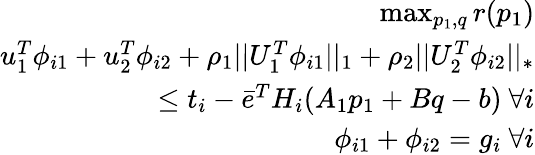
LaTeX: \begin{array}{r}{\operatorname*{max}_{p_{1},q}r(p_{1})}\\ {u_{1}^{T}\phi_{i1}+u_{2}^{T}\phi_{i2}+\rho_{1}||U_{1}^{T}\phi_{i1}||_{1}+\rho_{2}||U_{2}^{T}\phi_{i2}||_{*}}\\ {\le t_{i}-\bar{e}^{T}H_{i}(A_{1}p_{1}+Bq-b)~\forall i}\\ {\phi_{i1}+\phi_{i2}=g_{i}~\forall i}\end{array}